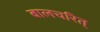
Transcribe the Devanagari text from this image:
बालचरित्‌